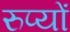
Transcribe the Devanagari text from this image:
रुप्यों